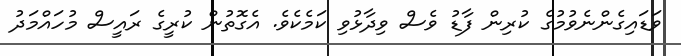
ވަޑައިގެންނެވުމުގެ ކުރިން ފާޑު ވެސް ވިދާޅުވި ކަމެކެވެ. އެގޮތުން ކުރީގެ ރައީސް މުހައްމަދު